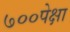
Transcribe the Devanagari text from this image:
७००पेक्षा